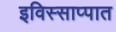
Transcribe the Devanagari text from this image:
इविस्साप्पात